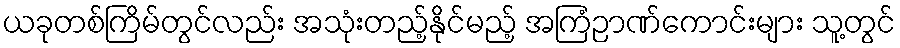
ယခုတစ်ကြိမ်တွင်လည်း အသုံးတည့်နိုင်မည့် အကြံဉာဏ်ကောင်းများ သူ့တွင်